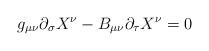
LaTeX: \begin{align*}g_{\mu \nu} \partial_{\sigma} X^{\nu} - B_{\mu \nu} \partial_{\tau} X^{\nu}=0\end{align*}